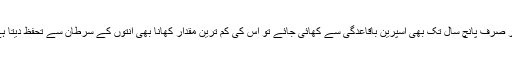
اگر صرف پانچ سال تک بھی اسپرین باقاعدگی سے کھائی جائے تو اس کی کم ترین مقدار کھانا بھی آنتوں کے سرطان سے تحفظ دیتا ہے۔